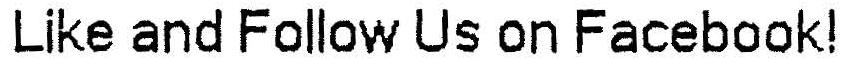
LIKE AND FOLLOW US ON FACEBOOK!